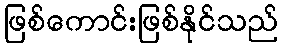
ဖြစ်ကောင်းဖြစ်နိုင်သည်